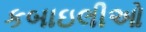
કબાઇલીઓ